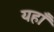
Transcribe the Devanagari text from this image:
यहाँँ